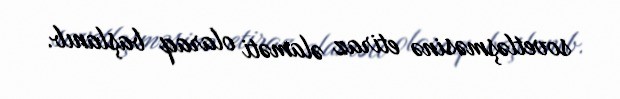
sovetləşməsinə etiraz əlaməti olaraq başlanıb.